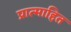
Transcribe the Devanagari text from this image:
प्रात्माहित